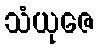
သံယုဇေ